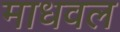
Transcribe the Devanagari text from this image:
माधवल